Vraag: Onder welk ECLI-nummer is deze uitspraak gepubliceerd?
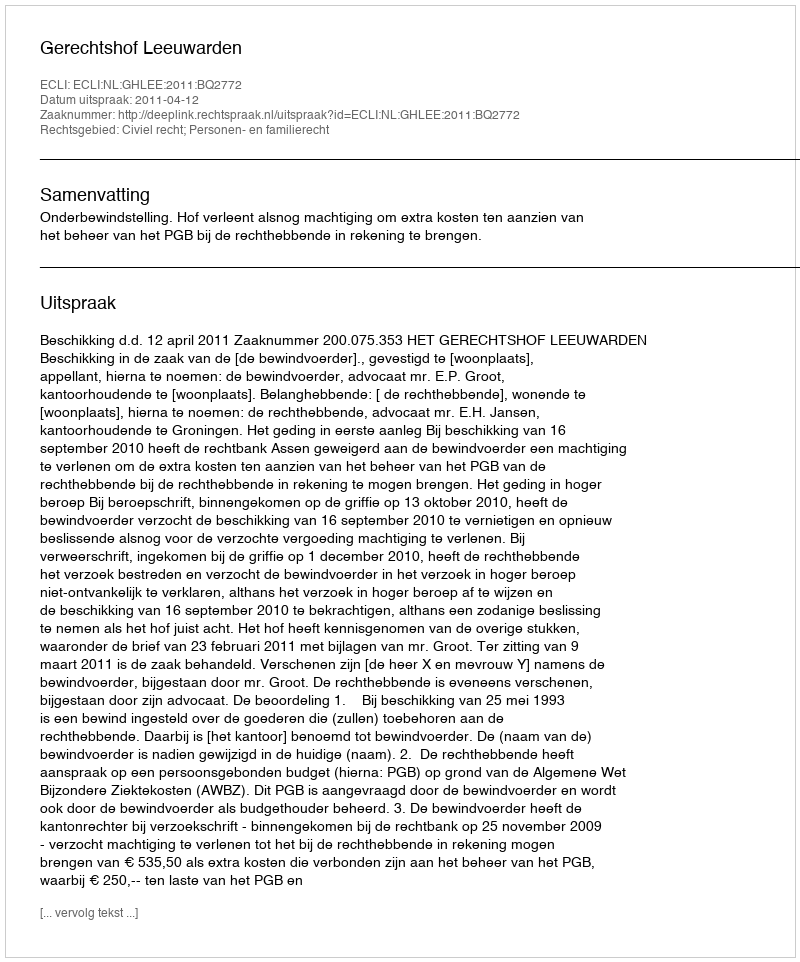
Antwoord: ECLI:NL:GHLEE:2011:BQ2772